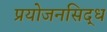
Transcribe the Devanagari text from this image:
प्रयोजनसिद्ध